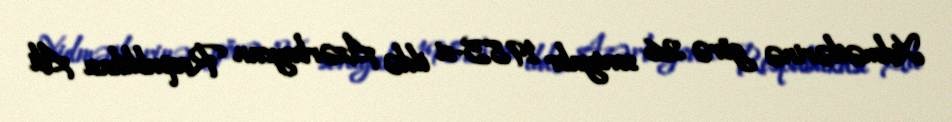
Xidmətlərinə görə 26 sentyabr 1985-ci ildə Azərbaycan Respublikası Ali